Leprosy in India: report of the Leprosy Commission in India, 1890-91
Year: 1890
Disease focus: Leprosy
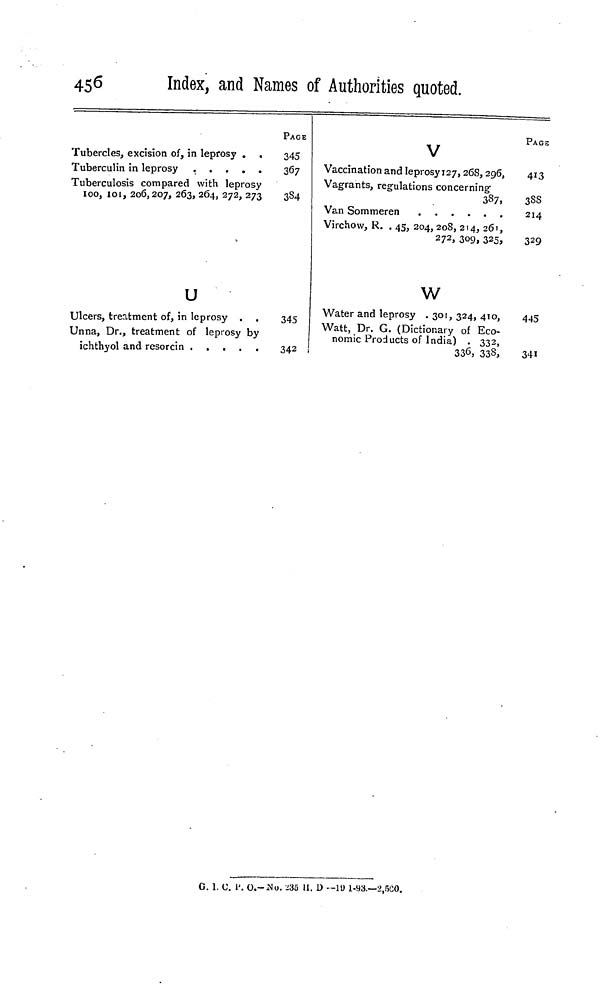
456
Index, and Names of Authorities quoted.
Tubercles, excision of, in leprosy . .
Tuberculosis compared with leprosy
100, 101, 206, 207, 263, 264, 272, 273
U
Ulcers, treatment of, in leprosy . .
Unna, Dr., treatment of leprosy by
PAGE
345
367
384
345
342
V
Vaccination and leprosy 127, 268, 296,
Vagrants, regulations concerning
387,
Virchow, R. . 45, 204, 208, 214, 261,
272, 309, 325,
W
Water and leprosy . 301, 324, 410,
Watt, Dr. G. (Dictionary of Eco-
nomic Products of India) . 332,
336, 333,
PAGE
413
3SS
214
329
445
341
G. 1. U. P. O. - No. 235 II. D -- 191-93.—2,500.